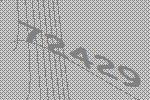
72429